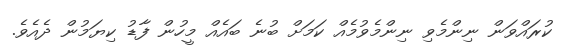
ކުރައްވަން ނިންމެވި ނިންމެވުމެއް ކަމަށް ބުނެ ބައެއް މީހުން ފާޑު ކިޔަމުން ދެއެވެ.